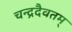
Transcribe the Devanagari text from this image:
चन्द्रदैवतम्